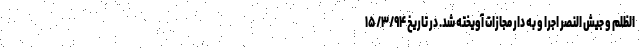
الظلم و جیش النصر اجرا و به دار مجازات آویخته شد. در تاریخ ۱۵/۳/۹۴